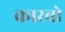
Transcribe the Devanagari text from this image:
कारबो